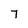
Character: 7